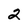
Character: 2